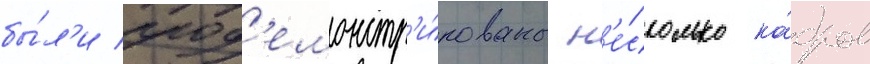
бы́л'и прод'емонстр'и́рованы н'е́сколько ка́дров